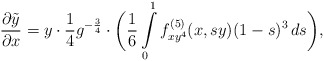
\begin{align*}\frac{\partial \tilde y}{\partial x} = y\cdot \frac{1}{4} g^{-\frac{3}{4}} \cdot \biggl( \frac{1}{6} \int\limits_{0}^1 f_{xy^{4}}^{(5)}(x,sy)(1-s)^3\,ds \biggr),\end{align*}